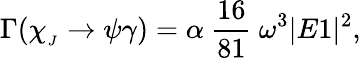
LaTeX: \Gamma(\chi_{_{J}}\rightarrow\psi\gamma)=\alpha~\frac{16}{81}~\omega^{3}|E1|^{2},